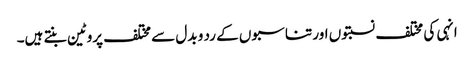
انہی کی مختلف نسبتوں اور تناسبوں کے رد و بدل سے مختلف پروٹین بنتے ہیں۔